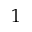
1